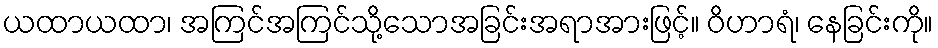
ယထာယထာ၊ အကြင်အကြင်သို့သောအခြင်းအရာအားဖြင့်။ ဝိဟာရံ၊ နေခြင်းကို။